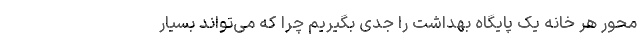
محور هر خانه یک پایگاه بهداشت را جدی بگیریم چرا که می‌تواند بسیار